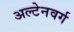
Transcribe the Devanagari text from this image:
अल्टेनवर्ग